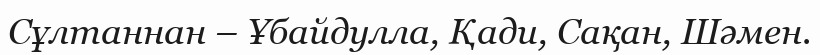
Сұлтаннан – Ұбайдулла, Қади, Сақан, Шәмен.